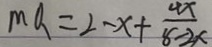
m a = 2 - x + \frac { 4 x } { 8 - 2 x }